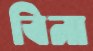
বিনা